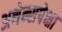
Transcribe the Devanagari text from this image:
अथेन्सपेक्षा